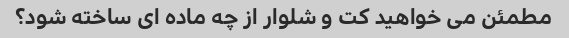
مطمئن می خواهید کت و شلوار از چه ماده ای ساخته شود؟